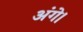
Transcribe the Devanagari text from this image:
अंगे।